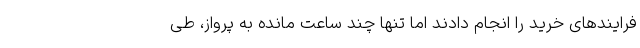
فرایندهای خرید را انجام دادند اما تنها چند ساعت مانده به پرواز، طی